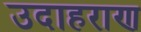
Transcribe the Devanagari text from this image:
उदाहराण